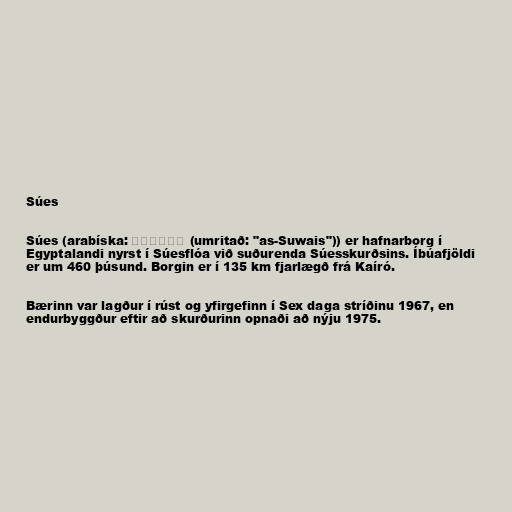
Súes

Súes (arabíska: السويس (umritað: "as-Suwais")) er hafnarborg í
Egyptalandi nyrst í Súesflóa við suðurenda Súesskurðsins. Íbúafjöldi
er um 460 þúsund. Borgin er í 135 km fjarlægð frá Kaíró.

Bærinn var lagður í rúst og yfirgefinn í Sex daga stríðinu 1967, en
endurbyggður eftir að skurðurinn opnaði að nýju 1975.